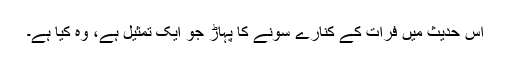
اس حدیث میں فرات کے کنارے سونے کا پہاڑ جو ایک تمثیل ہے، وہ کیا ہے۔